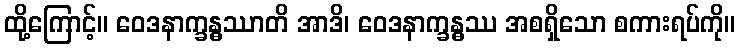
ထို့ကြောင့်။ ဝေဒနာက္ခန္ဓဿာတိ အာဒိ၊ ဝေဒနာက္ခန္ဓဿ အစရှိသော စကားရပ်ကို။